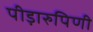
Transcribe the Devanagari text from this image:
पीड़ारुपिणी